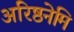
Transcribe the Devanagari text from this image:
अरिष्ठनेमि